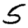
Digit: 5